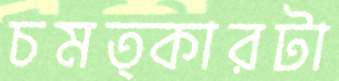
চমত্কারটা